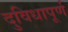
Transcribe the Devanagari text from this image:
दुविधापूर्ण